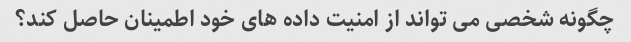
چگونه شخصی می تواند از امنیت داده های خود اطمینان حاصل کند؟